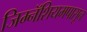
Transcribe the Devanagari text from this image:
जिम्नॅशियमपासून